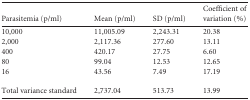
<table><thead><tr><td><b>Parasitemia (p/ml)</b></td><td><b>Mean (p/ml)</b></td><td><b>SD (p/ml)</b></td><td><b>Coefficient of variation (%)</b></td></tr></thead><tbody><tr><td>10,000</td><td>11,005.09</td><td>2,243.31</td><td>20.38</td></tr><tr><td>2,000</td><td>2,117.36</td><td>277.60</td><td>13.11</td></tr><tr><td>400</td><td>420.17</td><td>27.75</td><td>6.60</td></tr><tr><td>80</td><td>99.04</td><td>12.53</td><td>12.65</td></tr><tr><td>16</td><td>43.56</td><td>7.49</td><td>17.19</td></tr><tr><td>Total variance standard</td><td>2,737.04</td><td>513.73</td><td>13.99</td></tr></tbody></table>